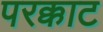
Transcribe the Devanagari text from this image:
परक्काट